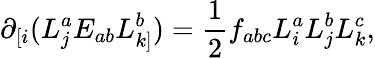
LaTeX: \partial_{[i}(L_{j}^{a}E_{ab}L_{k]}^{b})=\frac{1}{2}f_{abc}L_{i}^{a}L_{j}^{b}L_{k}^{c},